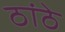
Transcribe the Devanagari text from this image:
ठांठे